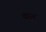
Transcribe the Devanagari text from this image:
यंगून